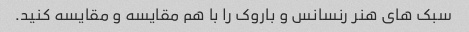
سبک های هنر رنسانس و باروک را با هم مقایسه و مقایسه کنید.